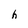
Character: h